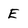
Character: E